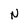
Character: N